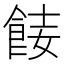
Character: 𩛏